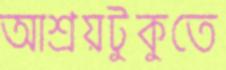
আশ্রয়টুকুতে